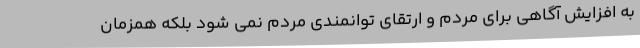
به افزایش آگاهی برای مردم و ارتقای توانمندی مردم نمی شود بلکه همزمان